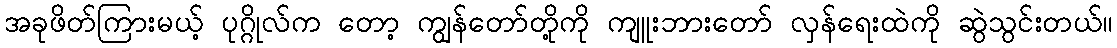
အခုဖိတ်ကြားမယ့် ပုဂ္ဂိုလ်က တော့ ကျွန်တော်တို့ကို ကျူးဘားတော် လှန်ရေးထဲကို ဆွဲသွင်းတယ်။